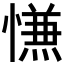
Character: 𰒑